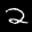
Label: 2